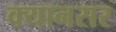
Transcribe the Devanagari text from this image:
क्यानसर